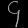
Digit: ၄